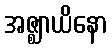
အဇ္ဈာယိနော